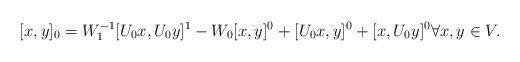
LaTeX: \begin{align*}[x,y]_0=W_1^{-1}[U_0x,U_0y]^1-W_0[x,y]^0+[U_0x,y]^0+[x,U_0y]^0 \forall x,y\in V.\end{align*}